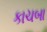
કાચબા